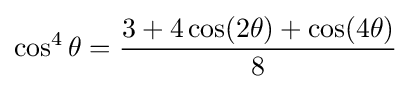
\cos ^{4}\theta ={\frac {3+4\cos(2\theta )+\cos(4\theta )}{8}}